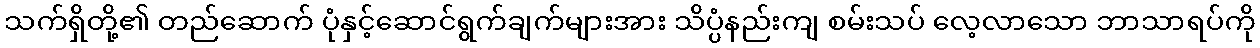
သက်ရှိတို့၏ တည်ဆောက် ပုံနှင့်ဆောင်ရွက်ချက်များအား သိပ္ပံနည်းကျ စမ်းသပ် လေ့လာသော ဘာသာရပ်ကို